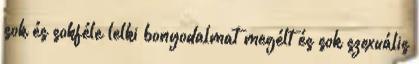
sok és sokféle lelki bonyodalmat megélt és sok szexuális